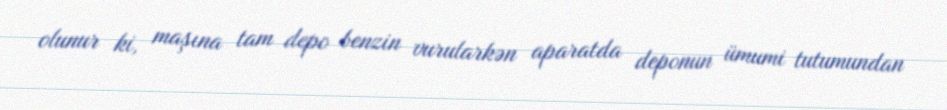
olunur ki, maşına tam depo benzin vurularkən aparatda deponun ümumi tutumundan